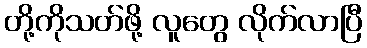
တို့ကိုသတ်ဖို့ လူတွေ လိုက်လာပြီ